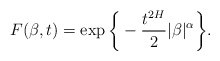
\begin{align*} F(\beta,t)= \exp\bigg\{-\frac{t^{2H}}{2}|\beta|^{\alpha}\bigg\}. \end{align*}